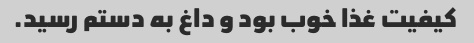
کیفیت غذا خوب بود و داغ به دستم رسید.